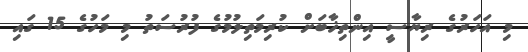
މި އަހަރުގެ ރިޔާސީ އިންތިޚާބަށް ކުރިމަތިލުމުގެ ފުރުސަތު މި މަހުގެ 15 ގައި